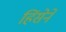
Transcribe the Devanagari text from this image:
हिंसेने